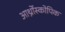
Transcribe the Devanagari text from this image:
आर्थ्रोस्कोपिक